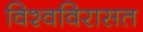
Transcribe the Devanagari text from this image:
विश्वविरासत